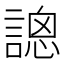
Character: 𧪳